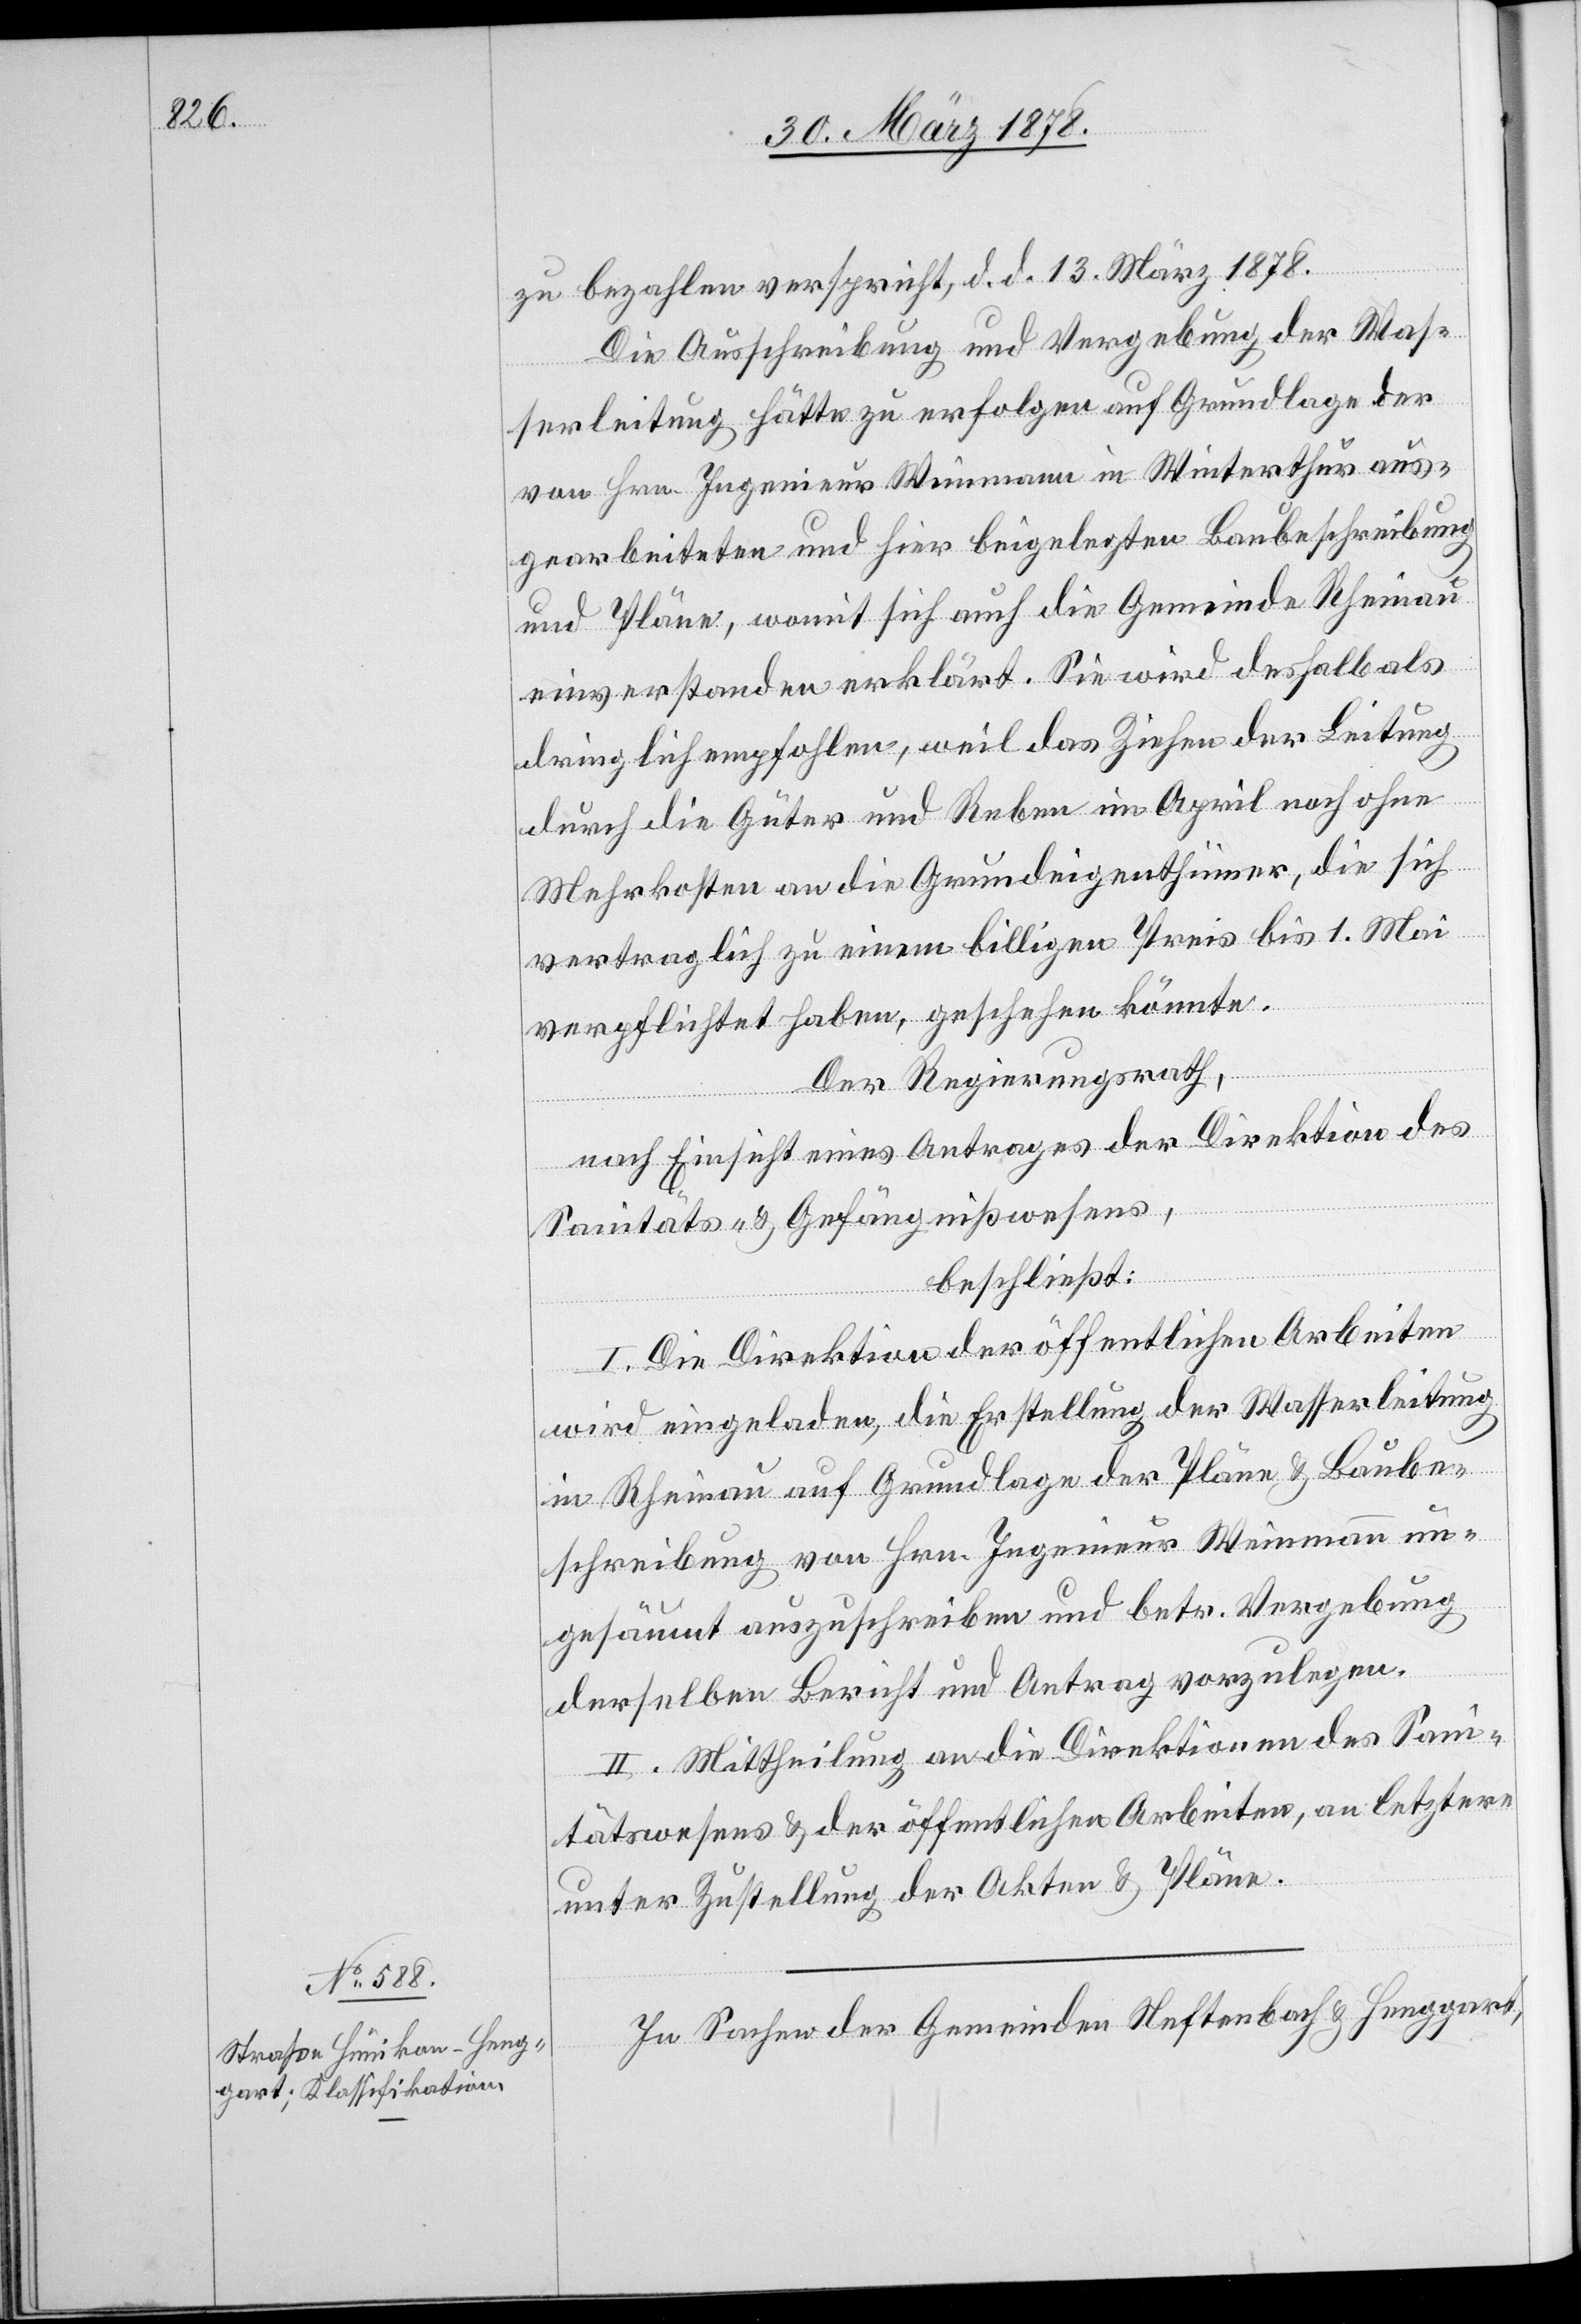
zu bezahlen verspricht, d. d. 13. März 1878.
Die Ausschreibung und Vergebung der Was¬
serleitung hätte zu erfolgen auf Grundlage der
von Hrn. Ingenieur Weinmann in Winterthur aus¬
gearbeiteten und hier beigelegten Baubeschreibung
und Pläne, womit sich auch die Gemeinde Rheinau
einverstanden erklärt. Sie wird deshalb als
dringlich empfohlen, weil das Ziehen der Leitung
durch die Güter und Reben im April noch ohne
Mehrkosten an die Grundeigenthümer, die sich
vertraglich zu einem billigen Preis bis 1. Mai
verpflichtet haben, geschehen könnte.
Der Regierungsrath,
nach Einsicht eines Antrages der Direktion des
Sanitäts- & Gefängnißwesens,
beschließt:
I. Die Direktion der öffentlichen Arbeiten
wird eingeladen, die Erstellung der Wasserleitung
in Rheinau auf Grundlage der Pläne & Baube¬
schreibung von Hrn. Ingenieur Weinmann un¬
gesäumt auszuschreiben und betr. Vergebung
derselben Bericht und Antrag vorzulegen.
II. Mittheilung an die Direktion des Sani¬
tätswesens & der öffentlichen Arbeiten, an letztere
unter Zustellung der Akten & Pläne.
In Sachen der Gemeinden Neftenbach & Henggart,